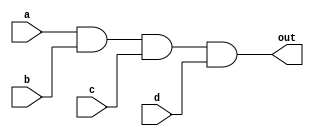
module and_gate (
  input wire a,
  input wire b,
  input wire c,
  input wire d,
  output wire out
);

assign out = a & b & c & d;

endmodule